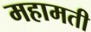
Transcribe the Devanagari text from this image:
महामती